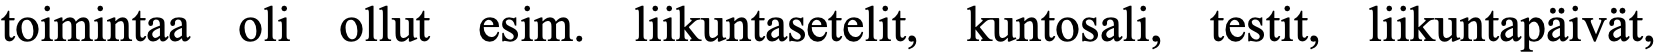
toimintaa oli ollut esim. liikuntasetelit, kuntosali, testit, liikuntapäivät,